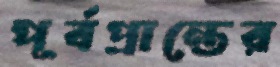
পূর্বপ্রান্তের